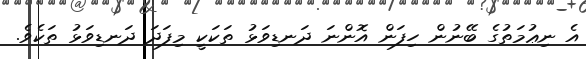
އެ ނިޢުމަތުގެ ބޭނުން ހިފަން އޮންނަ ދަނޑިވަޅު ތަކަކީ މިފަދަ ދަނޑިވަޅު ތަކެވެ.